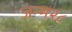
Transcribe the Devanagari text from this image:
जन्म२८